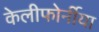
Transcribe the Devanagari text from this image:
केलीफोर्नीया